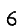
Digit: 6